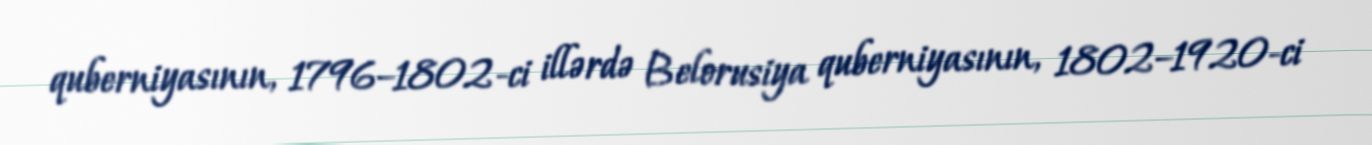
quberniyasının, 1796–1802-ci illərdə Belorusiya quberniyasının, 1802–1920-ci